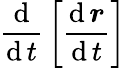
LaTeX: {\frac{\operatorname{d}}{\operatorname{d}t}}\left[{\frac{\operatorname{d}{\boldsymbol{r}}}{\operatorname{d}t}}\right]